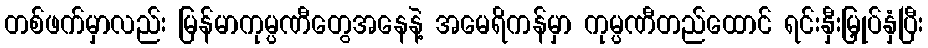
တစ်ဖက်မှာလည်း မြန်မာကုမ္ပဏီတွေအနေနဲ့ အမေရိကန်မှာ ကုမ္ပဏီတည်ထောင် ရင်းနှီးမြှုပ်နှံပြီး